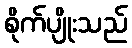
စိုက်ပျိုးသည်